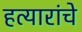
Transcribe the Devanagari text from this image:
हत्यारांचे